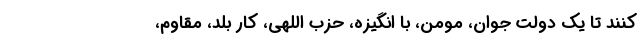
کنند تا یک دولت جوان، مومن، با انگیزه، حزب اللهی، کار بلد، مقاوم،